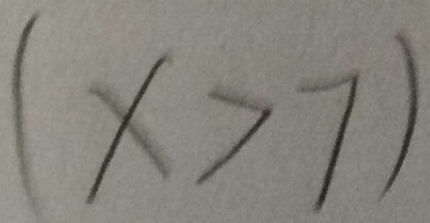
( x > 7 )